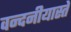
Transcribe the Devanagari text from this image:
वन्दनीयास्ते